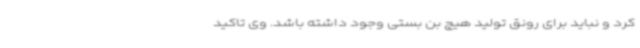
کرد و نباید برای رونق تولید هیچ بن بستی وجود داشته باشد. وی تاکید